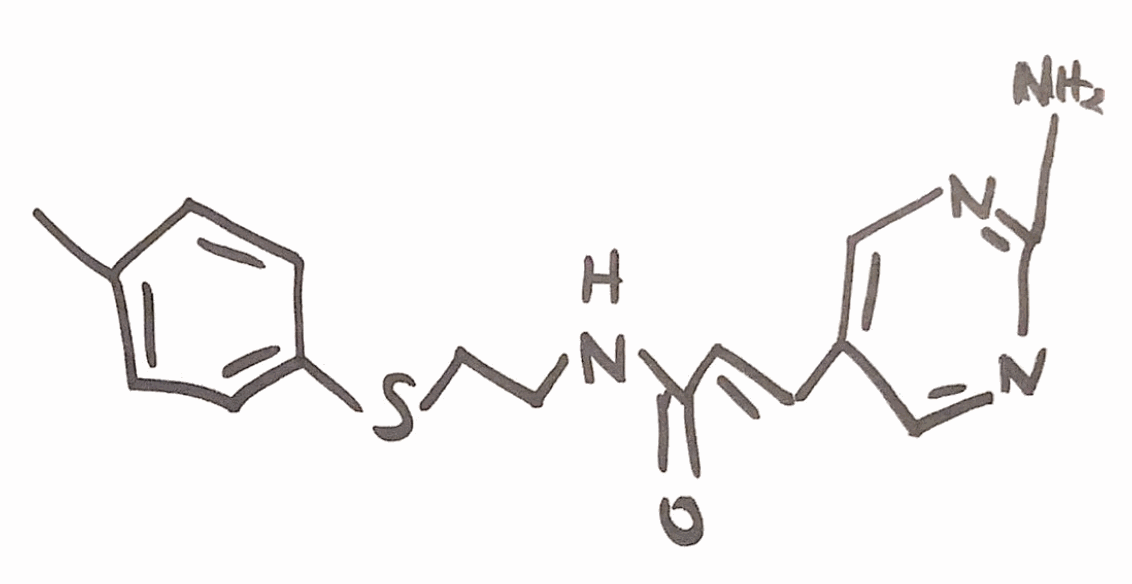
Simplified molecular-input line-entry system (SMILES) notation of the given molecule:
CC1=CC=C(C=C1)SCCNC(=O)/C=C/C2=CN=C(N=C2)N